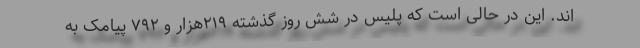
اند. این در حالی است که پلیس در شش روز گذشته ۲۱۹هزار و ۷۹۲ پیامک به